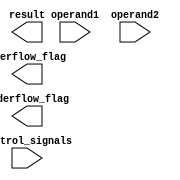
module half_precision_float_unit(
    input [15:0] operand1,
    input [15:0] operand2,
    input [2:0] control_signals,
    output reg [15:0] result,
    output reg overflow_flag,
    output reg underflow_flag
);

// Define arithmetic blocks here
// Adders, subtractors, multipliers, dividers

// Components for rounding, normalization

always @ (posedge clk) begin
    case(control_signals)
        // Perform operation based on control signals
        // Update result and flags accordingly
    endcase
end

endmodule